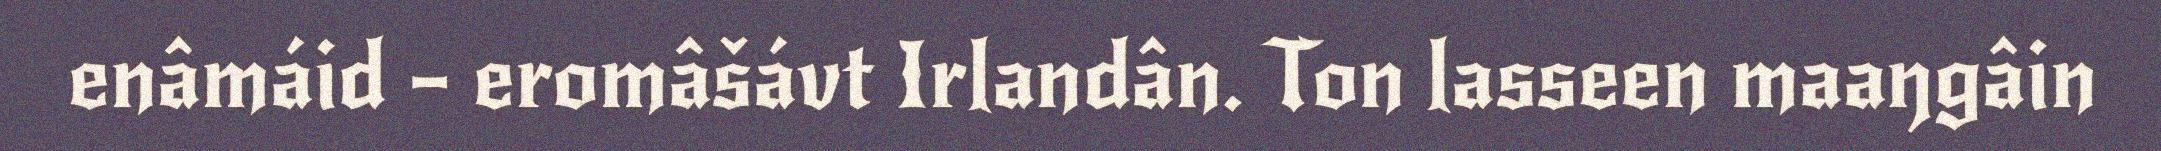
enâmáid – eromâšávt Irlandân. Ton lasseen maaŋgâin